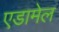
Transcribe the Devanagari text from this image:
एडामेल